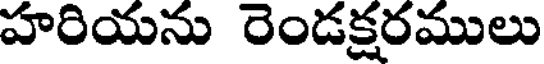
హరియను రెండక్షరములు